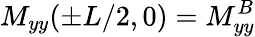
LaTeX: M_{yy}(\pm L/2,0)=M_{yy}^{B}